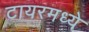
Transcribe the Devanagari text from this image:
टायरमध्ये